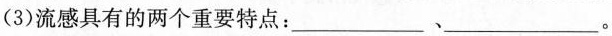
(3)流感具有的两个重要特点：___、___。